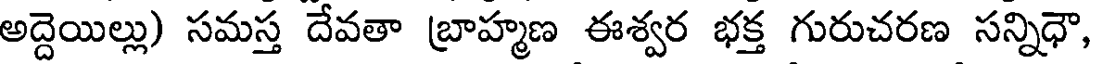
అద్దెయిల్లు) సమస్త దేవతా బ్రాహ్మణ ఈశ్వర భక్త గురుచరణ సన్నిధౌ,